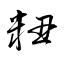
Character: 粈